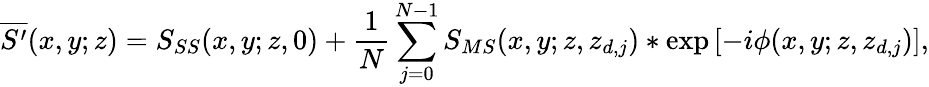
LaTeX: \overline{{S^{\prime}}}(x,y;z)=S_{SS}(x,y;z,0)+\frac{1}{N}\sum_{j=0}^{N-1}S_{MS}(x,y;z,z_{d,j})*\exp\left[-i\phi(x,y;z,z_{d,j})\right],